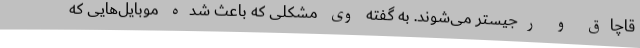
قاچاق و رجیستر می‌شوند. به گفته وی مشکلی که باعث شده موبایل‌هایی که